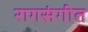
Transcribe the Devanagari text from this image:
रागसंगीत